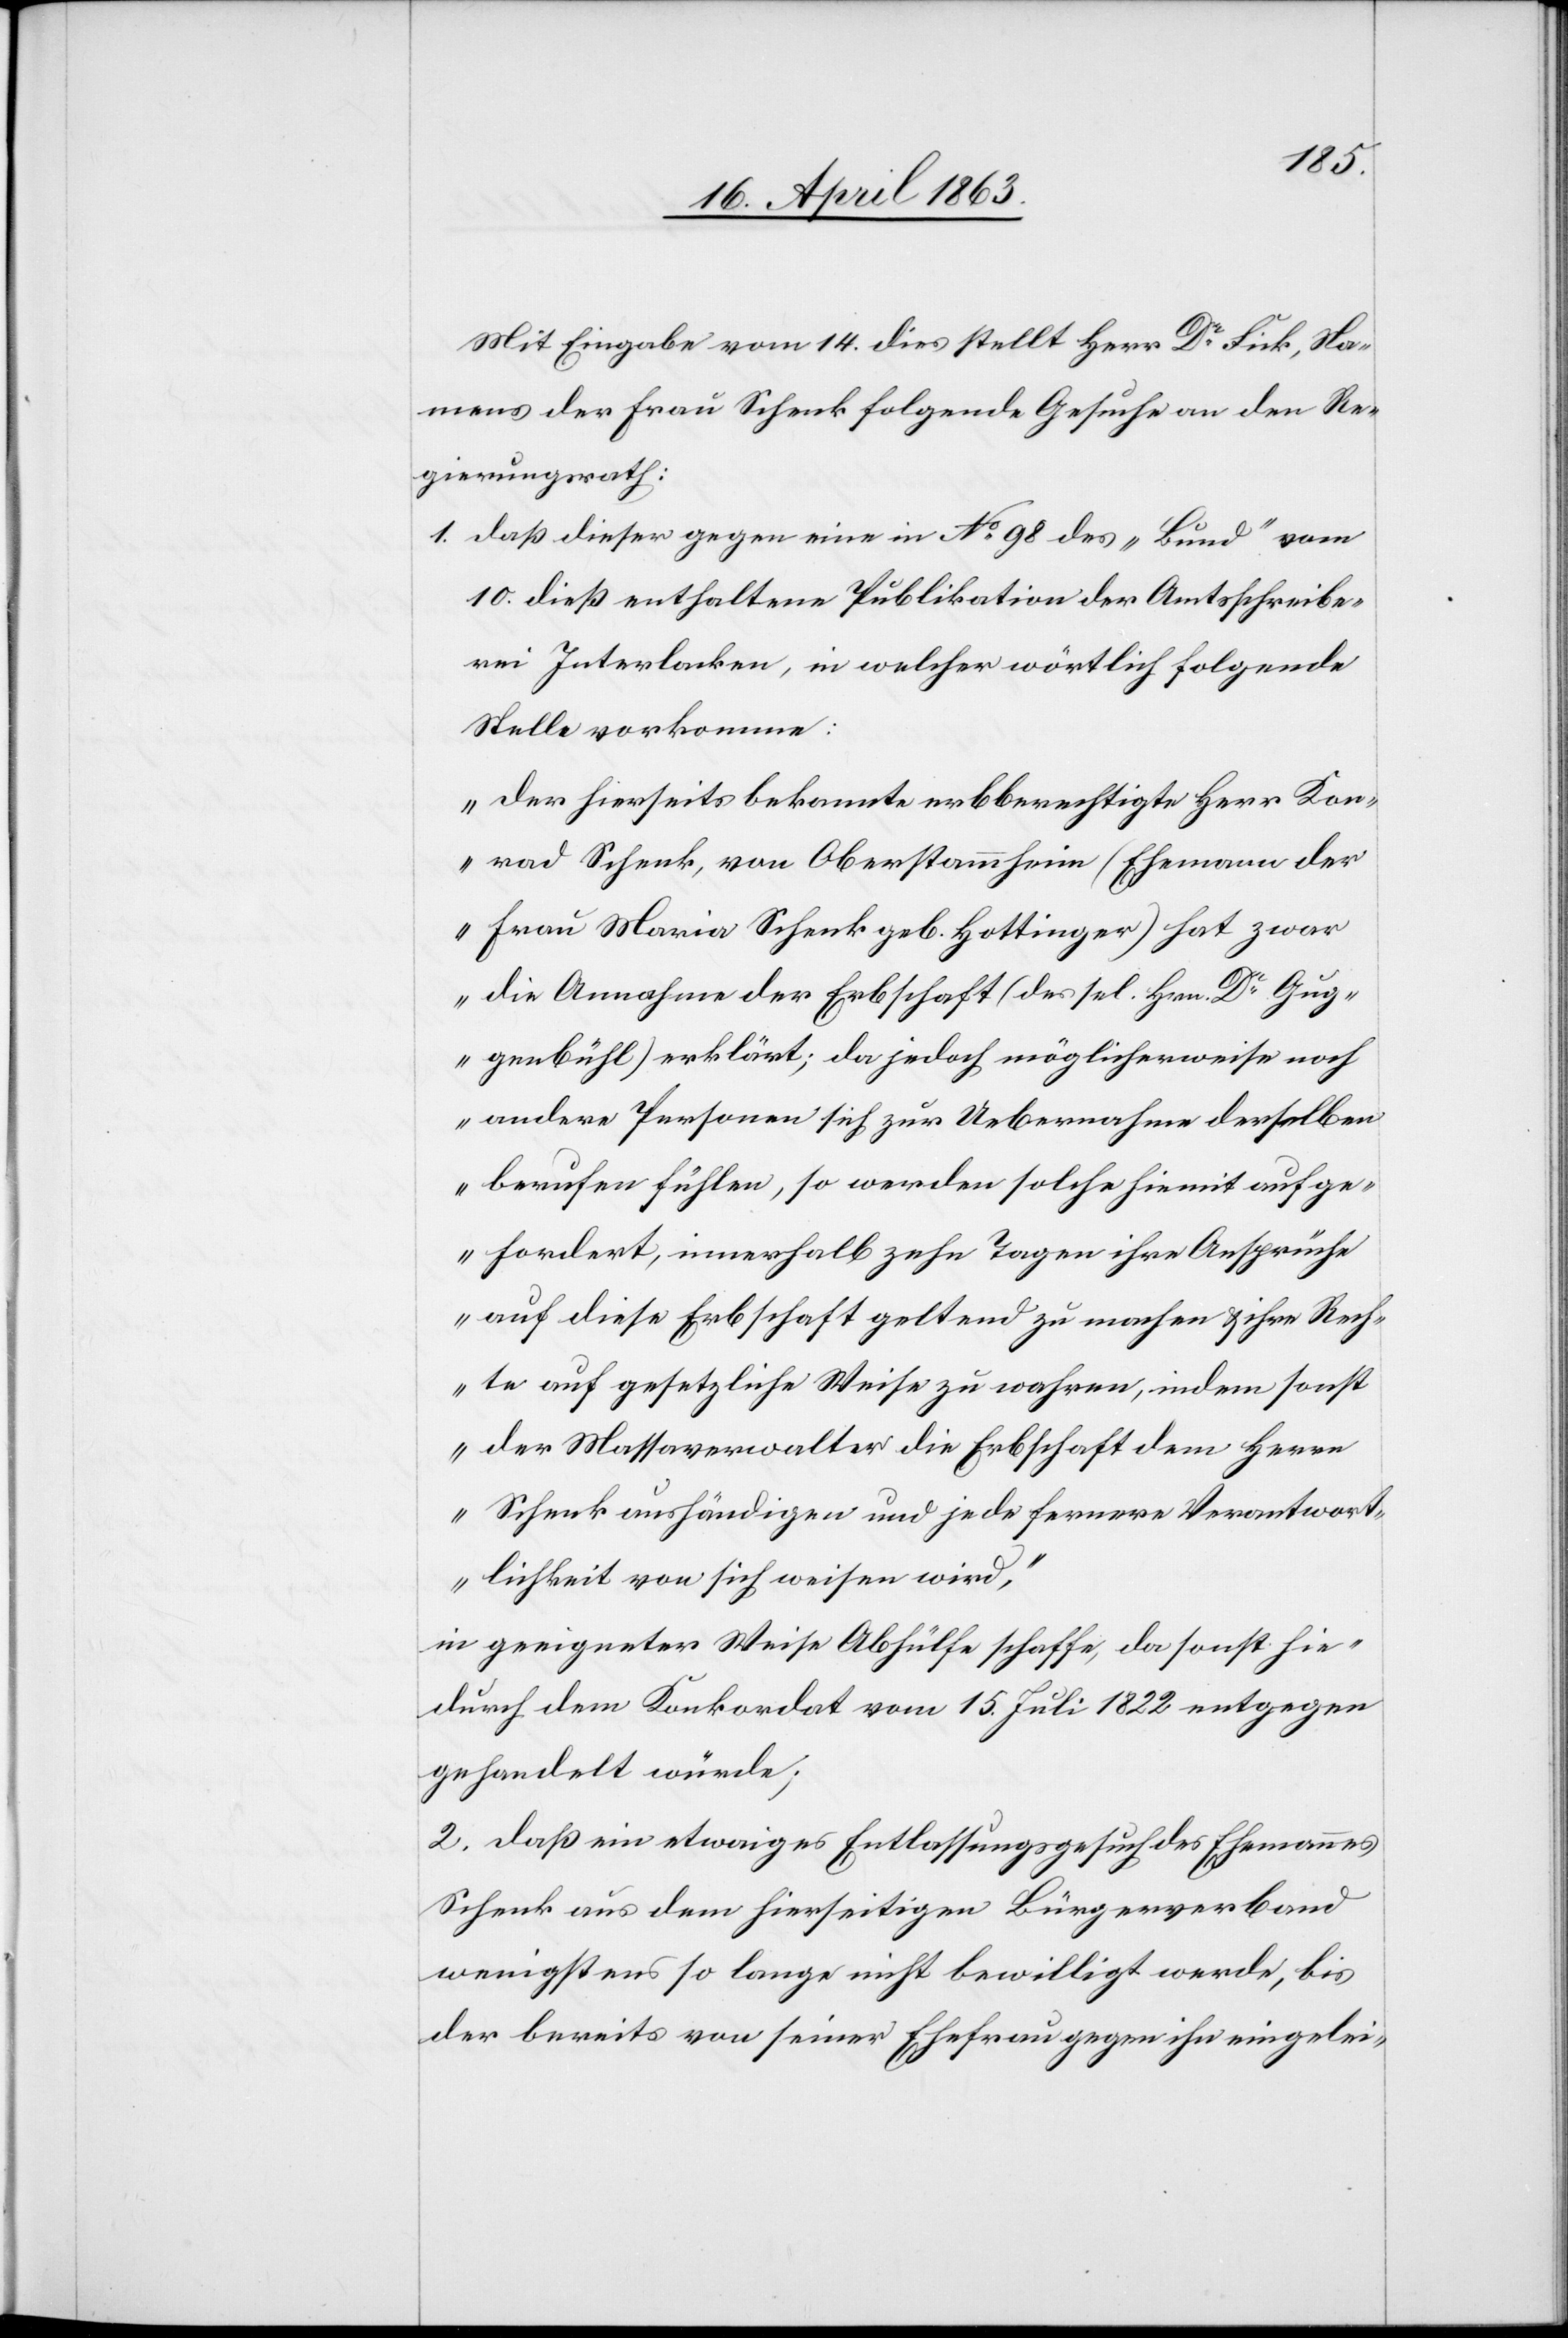
Mit Eingabe vom 14. dies stellt Herr Dr Fink, Na¬
mens der Frau Schenk folgende Gesuche an den Re¬
gierungsrath:
1. daß dieser gegen eine in No 98 des „Bund“ vom
10. dieß enthaltene Publikation der Amtsschreibe¬
rei Interlaken, in welcher wörtlich folgende
Stelle vorkomme:
„Der hierseits bekannte erbberechtigte Herr Kon¬
rad Schenk, von Oberstammheim (Ehemann der
Frau Maria Schenk geb. Hottinger) hat zwar
die Annahme der Erbschaft (des sel. Hrn. Dr Gug¬
genbühl) erklärt; da jedoch möglicherweise noch
andere Personen sich zur Uebernahme derselben
berufen fühlen, so werden solche hiemit aufge¬
fordert, innerhalb zehn Tagen ihre Ansprüche
auf diese Erbschaft geltend zu machen & ihre Rech¬
te auf gesetzliche Weise zu wahren, indem sonst
der Massaverwalter die Erbschaft dem Herrn
Schenk aushändigen und jede fernere Verantwort¬
lichkeit von sich weisen wird“,
in geeigneter Weise Abhülfe schaffe, da sonst hie¬
durch dem Konkordat vom 15. Juli 1822 entgegen
gehandelt würde;
2. daß ein etwaiges Entlassungsgesuch des Ehemannes
Schenk aus dem hierseitigen Bürgerverband
wenigstens so lange nicht bewilligt werde, bis
der bereits von seiner Ehefrau gegen ihn eingelei-